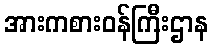
အားကစားဝန်ကြီးဌာန